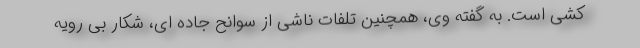
کشی است. به گفته وی، همچنین تلفات ناشی از سوانح جاده ای، شکار بی رویه